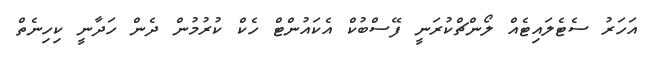
އަހަރު ސެޓެލައިޓެއް ލޯންޗްކުރަނީ ފޭސްބުކް އެކައުންޓް ހެކް ކުރުމުން ދެން ހަދާނީ ކިހިނެތް